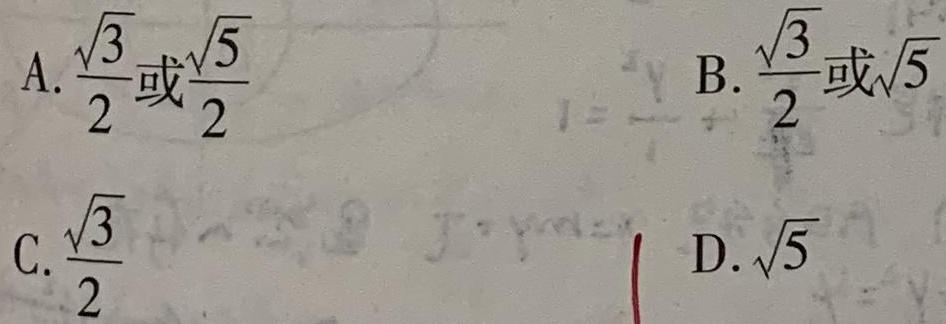
$A.\frac{\sqrt{3}}{2}$或\frac{\sqrt{5}}{2}
$B.\frac{\sqrt{3}}{2}$或$\sqrt{5}$\\
$C.\frac{\sqrt{3}}{2}$\\
$D.\sqrt{5}$